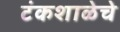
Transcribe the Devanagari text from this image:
टंकशाळेचे